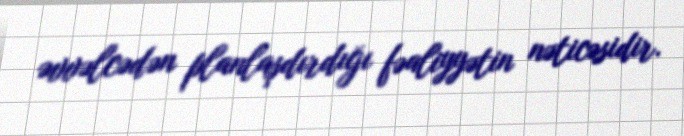
əvvəlcədən planlaşdırdığı fəaliyyətin nəticəsidir.